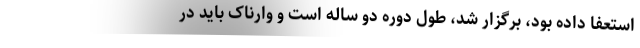
استعفا داده بود، برگزار شد، طول دوره دو ساله است و وارناک باید در